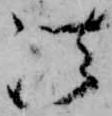
法